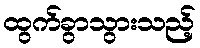
ထွက်ခွာသွားသည့်